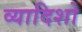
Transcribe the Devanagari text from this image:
व्यादिशो